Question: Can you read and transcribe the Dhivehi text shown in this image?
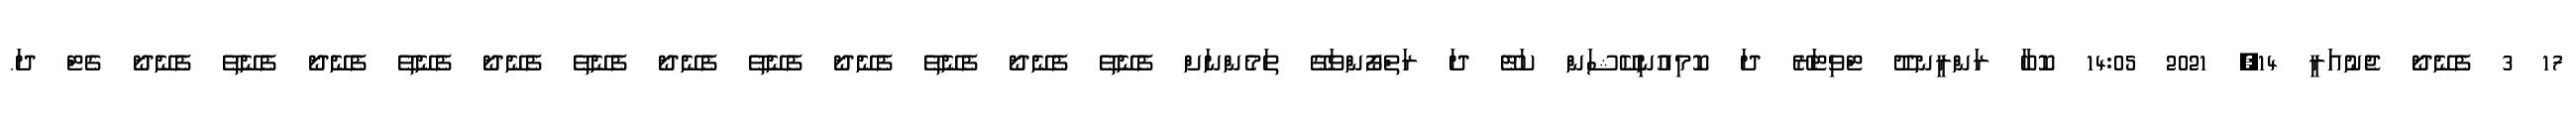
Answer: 17 3 ފެނޭދޯ ޖެނުއަރީ 14, 2021 14:05 ކޮބާ ރަންރީނދޫ ޓްވިޓަރޭ ދަ ކޮމިއުނިކޭޝަން ކަޓޭ ދަ ރަތްފޯންވަގޭ ތަމެންނަށް ފެނޭތޭ ފެނޭދޯ ފެނޭތޭ ފެނޭދޯ ފެނޭތޭ ފެނޭދޯ ފެނޭތޭ ފެނޭދޯ ފެނޭތޭ ފެނޭދޯ ފެނޭތޭ ފެނޭދޯ ގެޓް ދަ.